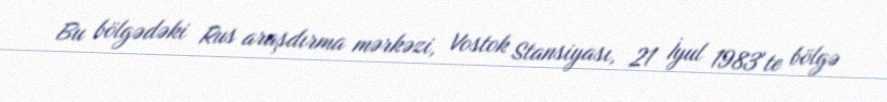
Bu bölgədəki Rus araşdırma mərkəzi, Vostok Stansiyası, 21 İyul 1983′te bölgə